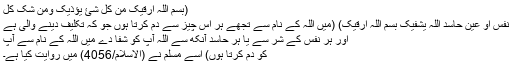
(بسم اللہ ارقیک من کل شئ یؤذیک ومن شک کل
نفس او عین حاسد اللہ یشفیک بسم اللہ ارقیک) (میں اللہ کے نام سے تجھے ہر اس چیز سے دم کرتا ہوں جو کہ تکلیف دینے والی ہے
اور ہر نفس کے شر سے یا ہر حاسد آنکھ سے اللہ آپ کو شفا دے میں اللہ کے نام سے آپ
کو دم کرتا ہوں) اسے مسلم نے (الاسلام/4056) میں روایت کیا ہے۔